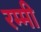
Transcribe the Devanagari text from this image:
रम्मी